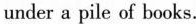
under a pile of books.